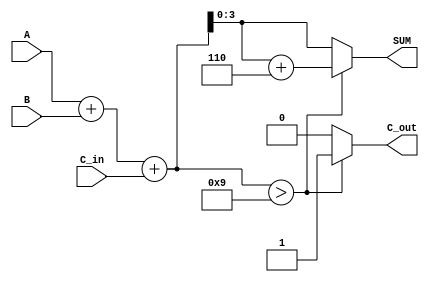
module BCD_Adder (
    input [3:0] A,         // First BCD digit
    input [3:0] B,         // Second BCD digit
    input C_in,            // Carry input
    output reg [3:0] SUM,  // BCD sum output
    output reg C_out       // Carry output
);

  wire [4:0] R;          // 5-bit result for the binary addition

  // Step 1: Perform binary addition
  assign R = A + B + C_in;

  // Step 2: Determine if adjustment is needed
  always @(*) begin
      if (R > 9) begin
          SUM = R + 6;  // Adjust by adding 6 to correct the BCD
          C_out = 1;    // Generate carry-out
      end else begin
          SUM = R;      // No adjustment needed
          C_out = 0;    // No carry-out
      end
  end

endmodule